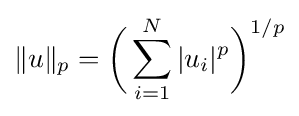
\|u\|_{p}={\biggl (}\sum _{i=1}^{N}|u_{i}|^{p}{\biggr )}^{1/p}